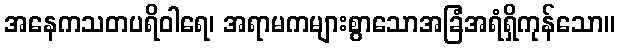
အနေကသတပရိဝါရေ၊ အရာမကများစွာသောအခြံအရံရှိကုန်သော။